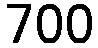
700